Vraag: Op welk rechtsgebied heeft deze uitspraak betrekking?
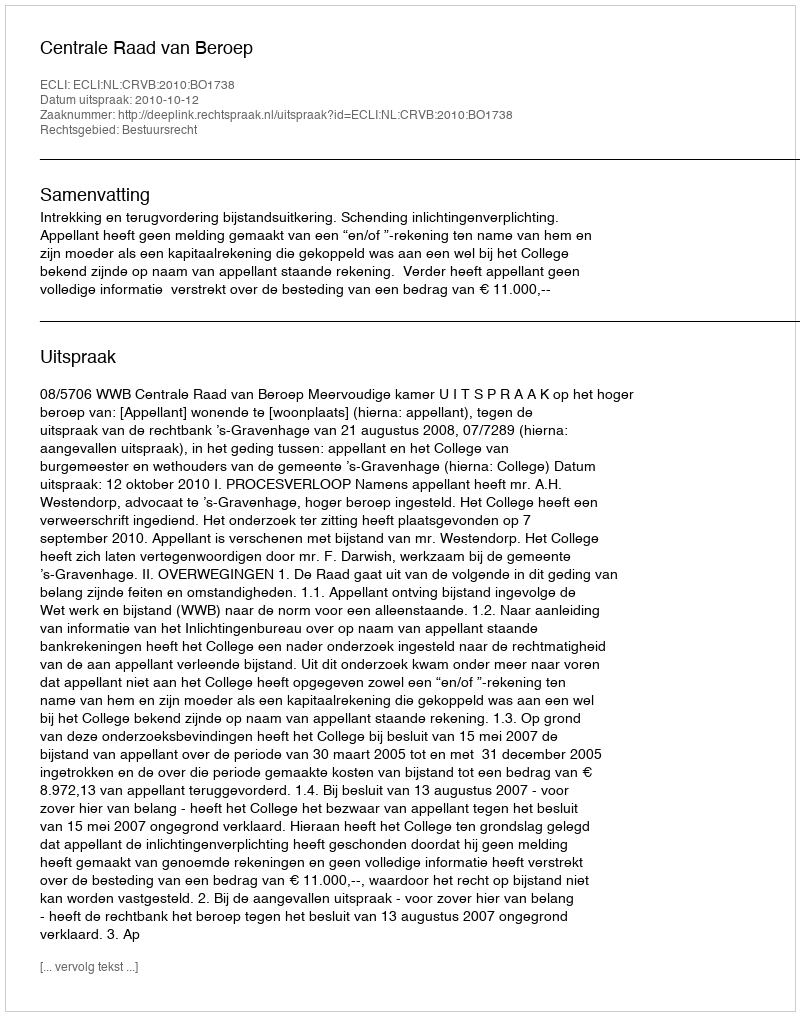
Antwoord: Bestuursrecht